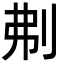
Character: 刜